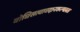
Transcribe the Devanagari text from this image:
बोधिसत्वावदानकल्पलता